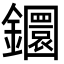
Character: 𨯬